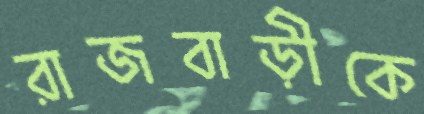
রাজবাড়ীকে